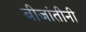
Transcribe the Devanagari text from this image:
बीजांतीनी